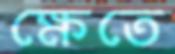
ক্ষেতে